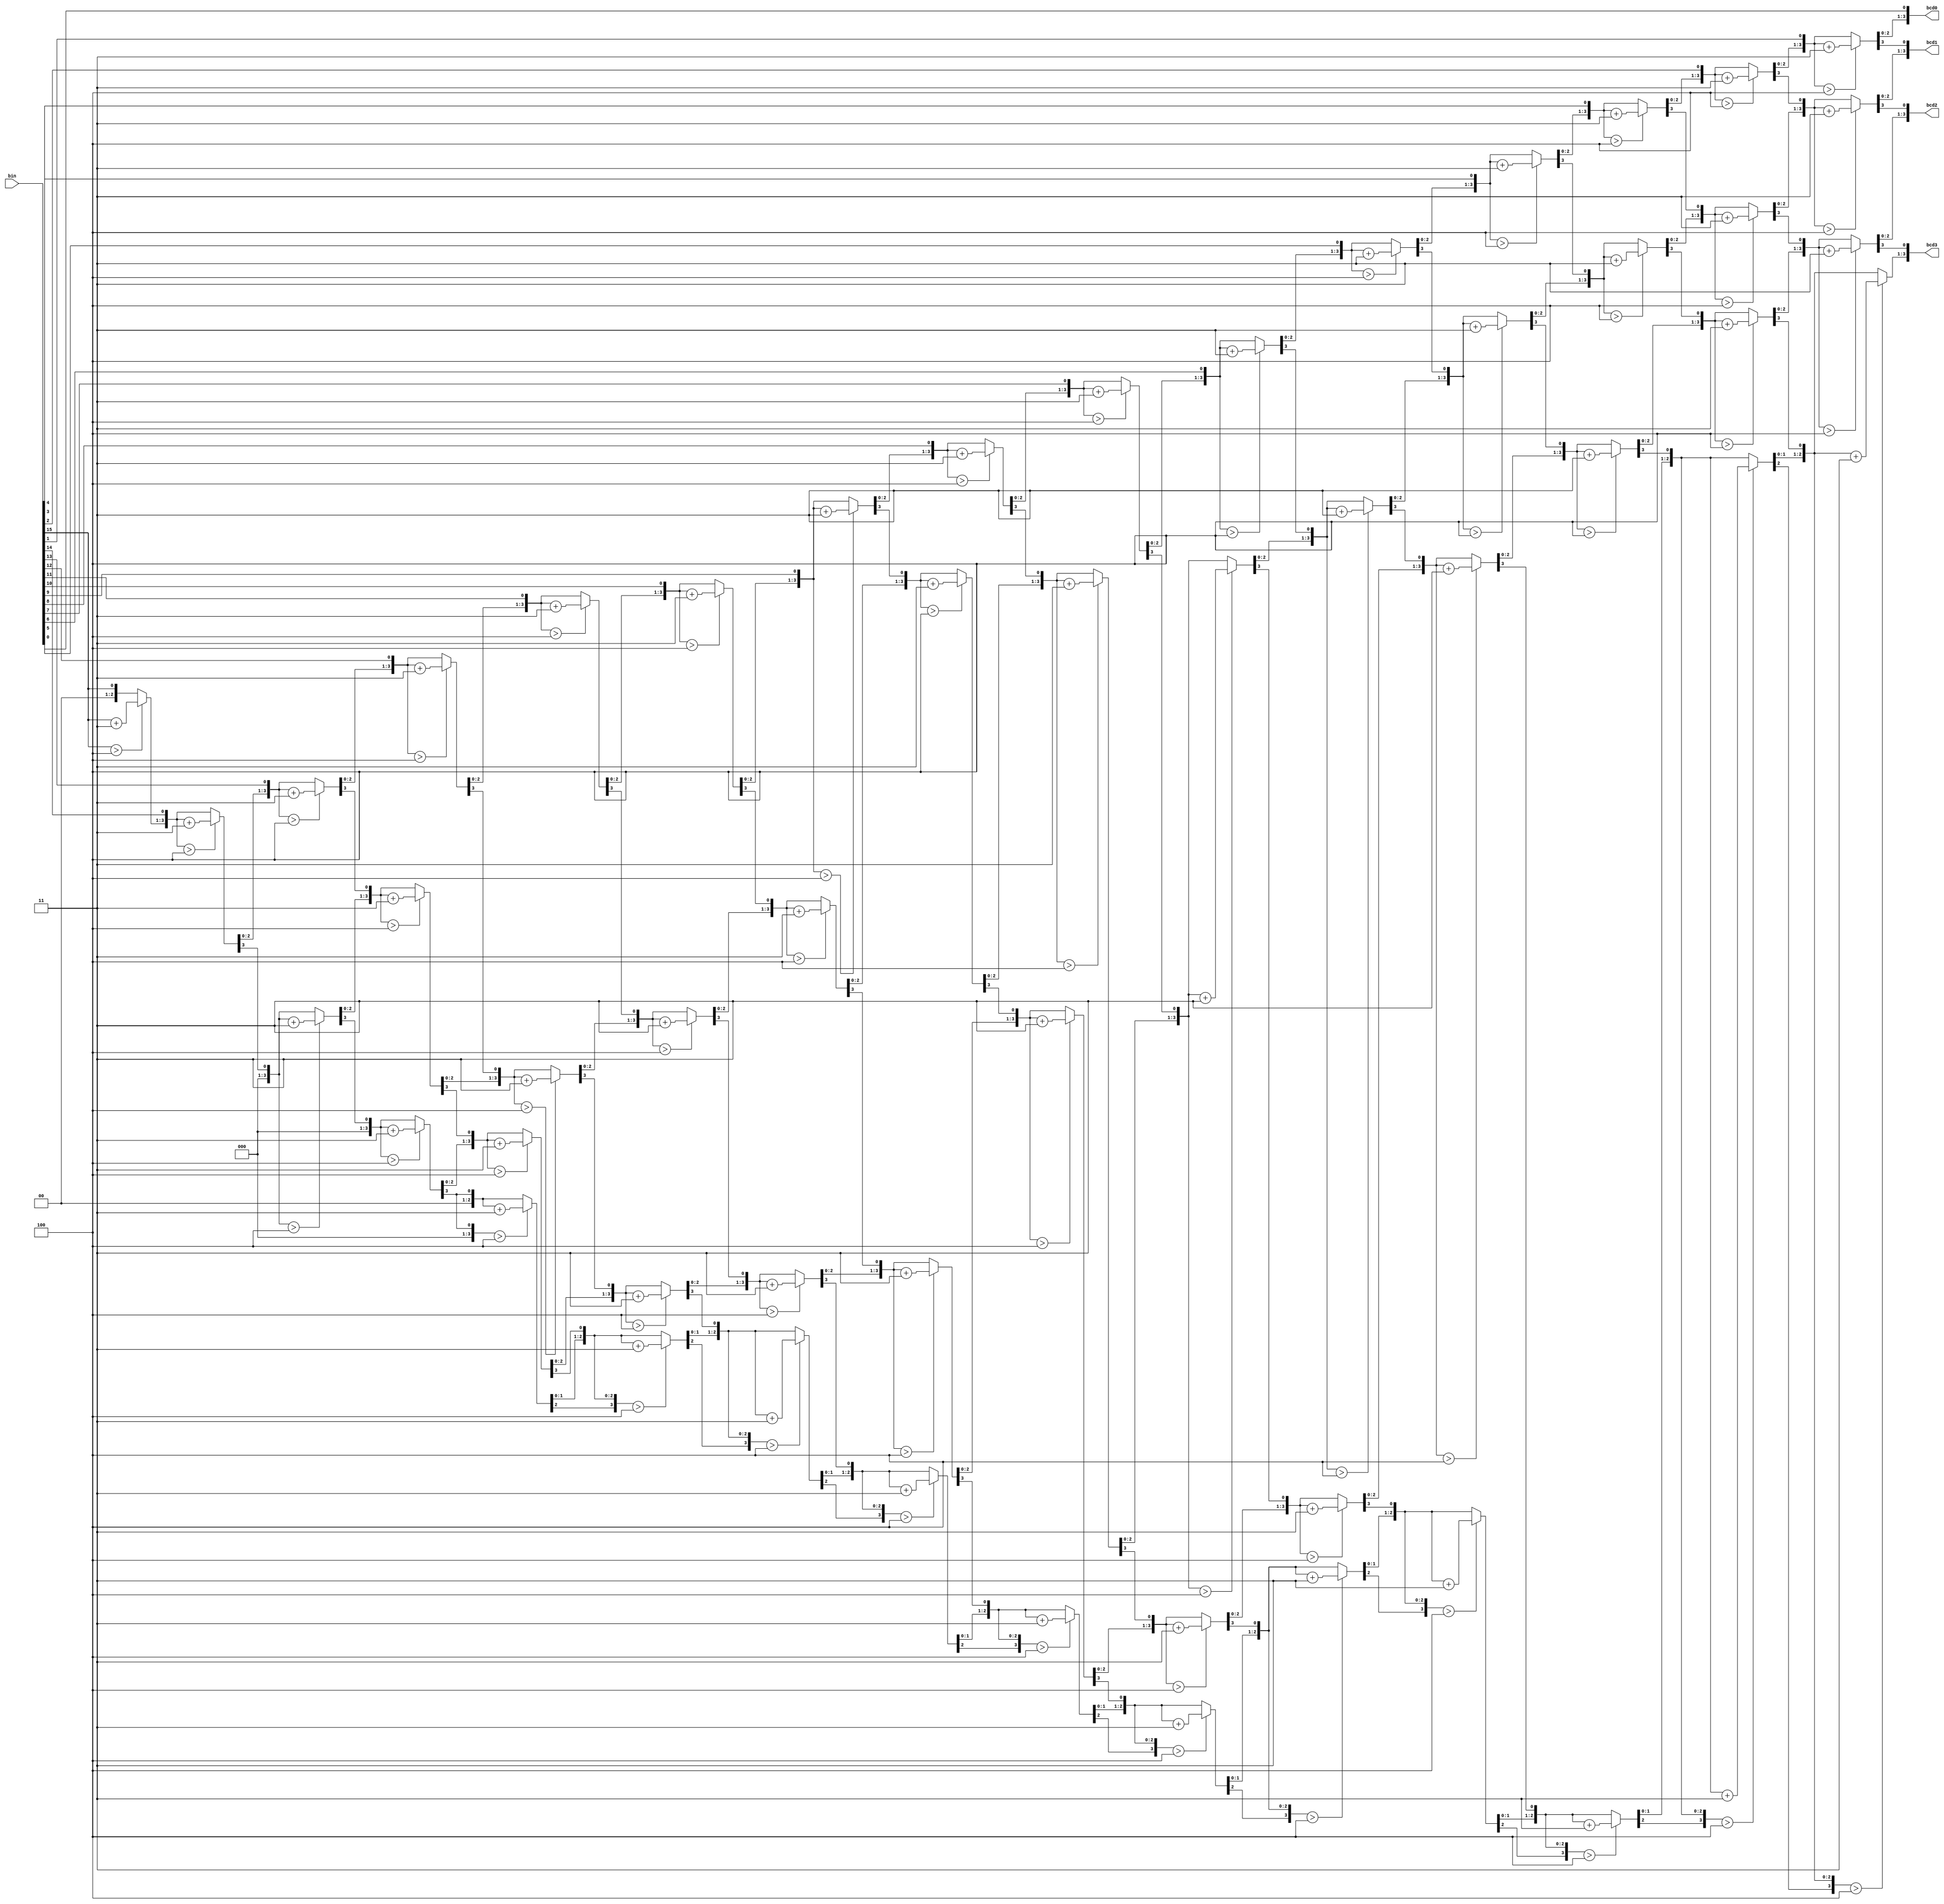
`timescale 1ns / 1ps
/******************************************************************************
 * (C) Copyright 2016 AGH UST All Rights Reserved
 *
 * MODULE:    bin2bcd
 * DEVICE:    general
 * PROJECT:   stopwatch
 *
 * ABSTRACT:  binary to BCD converter, three 8421 BCD digits
 *            Algorithm description:
 *            http://www.eng.utah.edu/~nmcdonal/Tutorials/BCDTutorial/BCDConversion.html
 *
 * HISTORY:
 * 1 Jan 2016, RS - initial version
 * 19 Dec 2018, JI - added 4th digit bcd3, changed wire to 16 bits
 *******************************************************************************/
module bin2bcd (
        input  wire [15:0] bin,  // input binary number
        output reg  [3:0]  bcd0, // LSB
        output reg  [3:0]  bcd1,
        output reg  [3:0]  bcd2,
        output reg  [3:0]  bcd3  // MSB    
    );

    integer i;

    always @(bin)
    begin

        bcd0 = 0;
        bcd1 = 0;
        bcd2 = 0;
        bcd3 = 0;

        for ( i = 15; i >= 0; i = i - 1 )
        begin
            if( bcd0 > 4 ) bcd0 = bcd0 + 3;
            if( bcd1 > 4 ) bcd1 = bcd1 + 3;
            if( bcd2 > 4 ) bcd2 = bcd2 + 3;
            if( bcd3 > 4 ) bcd3 = bcd3 + 3;
            {bcd3[3:0], bcd2[3:0], bcd1[3:0], bcd0[3:0] } =
            { bcd3[2:0],bcd2[3:0], bcd1[3:0], bcd0[3:0],bin[i] };
        end

    end

endmodule